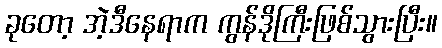
ခုတော့ အဲ့ဒီနေရာက ကွန်ဒိုကြီးဖြစ်သွားပြီး။